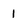
Character: 1